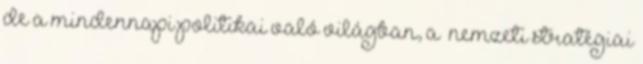
de a minden­napi politikai való világban, a „nemzeti stratégiai